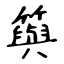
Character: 籅